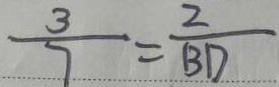
\frac { 3 } { 7 } = \frac { 2 } { B D }